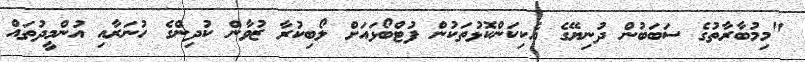
"މިމުބާރާތުގެ ސަބަބުން ދުނިޔޭގެ އެކިކަންކޮޅުތަކުން ފުޓްބޯޅައަށް ލޯބިކުރާ ޒުވާން ކުދިންގެ ހުނަރާއި އުންމީދުތައް